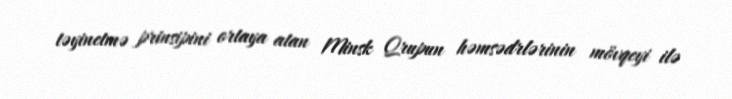
təyinetmə prinsipini ortaya atan Minsk Qrupun həmsədrlərinin mövqeyi ilə